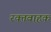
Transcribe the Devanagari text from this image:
रक्तवाहक